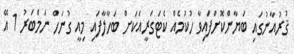
ޤުރުއާނުގައި ބަޔާންކޮށްފައިވާ ހުކުމެއް ކެޓަގަރީއަކަށް ބަހާލާފައި މިއީ ގުނަހް ނަމްބަރު 1 އޭ